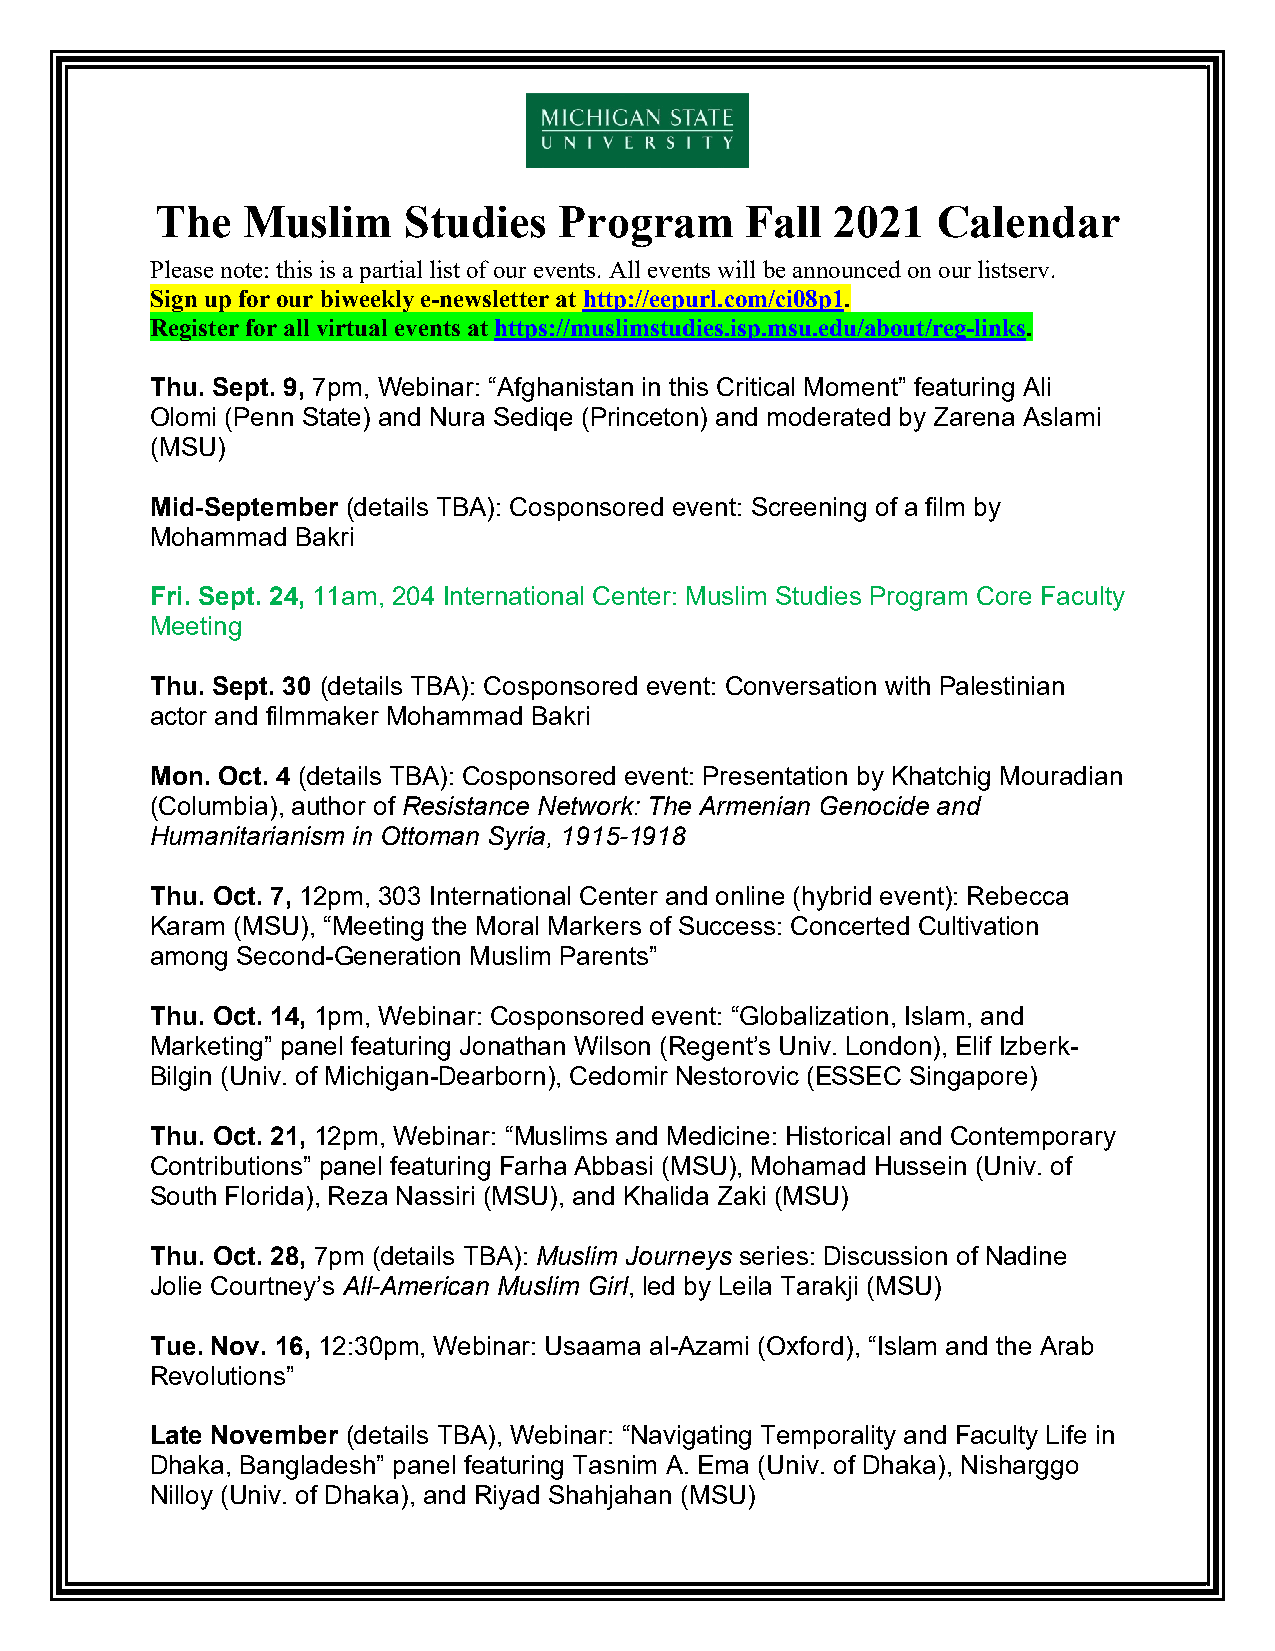
The   Muslim     Studies   Program     Fall  2021   Calendar
 Please note: this is a partial list of our events. All events will be announced on our listserv.
 Sign up for our biweekly e-newsletter at http://eepurl.com/ci08p1.
 Register for all virtual events at https://muslimstudies.isp.msu.edu/about/reg-links.
 Thu. Sept. 9, 7pm, Webinar: “Afghanistan in this Critical Moment” featuring Ali
 Olomi (Penn State) and Nura Sediqe (Princeton) and moderated by Zarena Aslami
 (MSU)
 Mid-September (details TBA): Cosponsored event: Screening of a film by
 Mohammad  Bakri
 Fri. Sept. 24, 11am, 204 International Center: Muslim Studies Program Core Faculty
 Meeting
 Thu. Sept. 30 (details TBA): Cosponsored event: Conversation with Palestinian
 actor and filmmaker Mohammad Bakri
 Mon. Oct. 4 (details TBA): Cosponsored event: Presentation by Khatchig Mouradian
 (Columbia), author of Resistance Network: The Armenian Genocide and
 Humanitarianism in Ottoman Syria, 1915-1918
 Thu. Oct. 7, 12pm, 303 International Center and online (hybrid event): Rebecca
 Karam (MSU), “Meeting the Moral Markers of Success: Concerted Cultivation
 among Second-Generation Muslim Parents”
 Thu. Oct. 14, 1pm, Webinar: Cosponsored event: “Globalization, Islam, and
 Marketing” panel featuring Jonathan Wilson (Regent’s Univ. London), Elif Izberk-
 Bilgin (Univ. of Michigan-Dearborn), Cedomir Nestorovic (ESSEC Singapore)
 Thu. Oct. 21, 12pm, Webinar: “Muslims and Medicine: Historical and Contemporary
 Contributions” panel featuring Farha Abbasi (MSU), Mohamad Hussein (Univ. of
 South Florida), Reza Nassiri (MSU), and Khalida Zaki (MSU)
 Thu. Oct. 28, 7pm (details TBA): Muslim Journeys series: Discussion of Nadine
 Jolie Courtney’s All-American Muslim Girl, led by Leila Tarakji (MSU)
 Tue. Nov. 16, 12:30pm, Webinar: Usaama al-Azami (Oxford), “Islam and the Arab
 Revolutions”
 Late November (details TBA), Webinar: “Navigating Temporality and Faculty Life in
 Dhaka, Bangladesh” panel featuring Tasnim A. Ema (Univ. of Dhaka), Nisharggo
 Nilloy (Univ. of Dhaka), and Riyad Shahjahan (MSU)